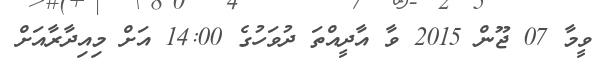
ވީމާ 07 ޖޫން 2015 ވާ އާދީއްތަ ދުވަހުގެ 14:00 އަށް މިއިދާރާއަށް